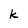
Character: k